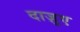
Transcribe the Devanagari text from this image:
दाज़ुए